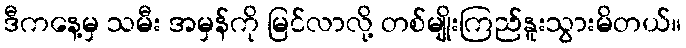
ဒီကနေ့မှ သမီး အမှန်ကို မြင်လာလို့ တစ်မျိုးကြည်နူးသွားမိတယ်။